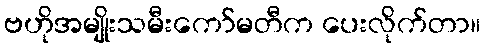
ဗဟိုအမျိုးသမီးကော်မတီက ပေးလိုက်တာ။